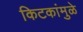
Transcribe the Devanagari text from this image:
किटकांमुळे